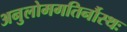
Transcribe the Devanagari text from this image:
अनुलोमगतिर्नौस्थः